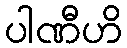
ပါဏီဟိ